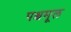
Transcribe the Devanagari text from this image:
पश्चमूल